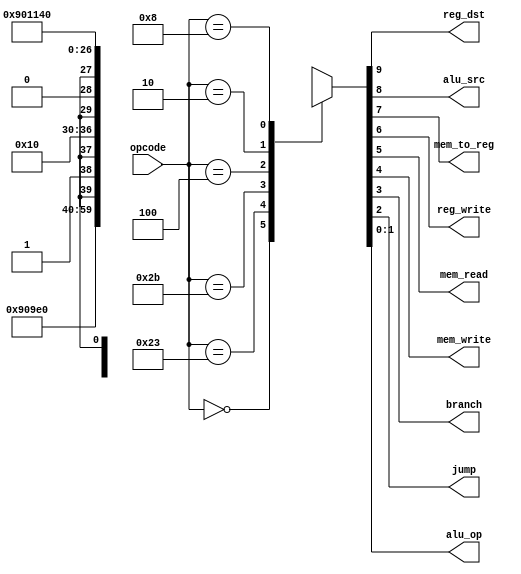
`timescale 1ns / 1ps
module control_unit(
    input [5:0] opcode,
    output reg reg_dst, alu_src, mem_to_reg, reg_write, mem_read, mem_write, branch, jump,
    output reg [1:0] alu_op
);



always @(opcode) begin
    case (opcode)
        6'b000000:{reg_dst, alu_src, mem_to_reg, reg_write, mem_read, mem_write, branch, jump, alu_op}<=10'b100100_0_0_10; //r
        6'b100011:{reg_dst, alu_src, mem_to_reg, reg_write, mem_read, mem_write, branch, jump, alu_op}<=10'b011110_0_0_00; //lw
        6'b101011:{reg_dst, alu_src, mem_to_reg, reg_write, mem_read, mem_write, branch, jump, alu_op}<=10'bx1x001_0_0_00; //sw
        6'b000100:{reg_dst, alu_src, mem_to_reg, reg_write, mem_read, mem_write, branch, jump, alu_op}<=10'bx0x000_1_0_01; //beq
        6'b000010:{reg_dst, alu_src, mem_to_reg, reg_write, mem_read, mem_write, branch, jump, alu_op}<=10'b000000_0_1_00; //jump
		  6'b001000:{reg_dst, alu_src, mem_to_reg, reg_write, mem_read, mem_write, branch, jump, alu_op}<=10'b010100_0_0_00; //addi
        default:{reg_dst, alu_src, mem_to_reg, reg_write, mem_read, mem_write, branch, jump, alu_op}<=9'bxxx_xxx_x_xx;
    endcase
end
endmodule